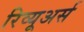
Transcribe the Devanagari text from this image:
रिव्यूअर्स